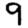
Digit: 9